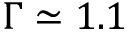
\Gamma \simeq 1 . 1